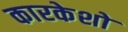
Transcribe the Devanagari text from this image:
कारकेशो